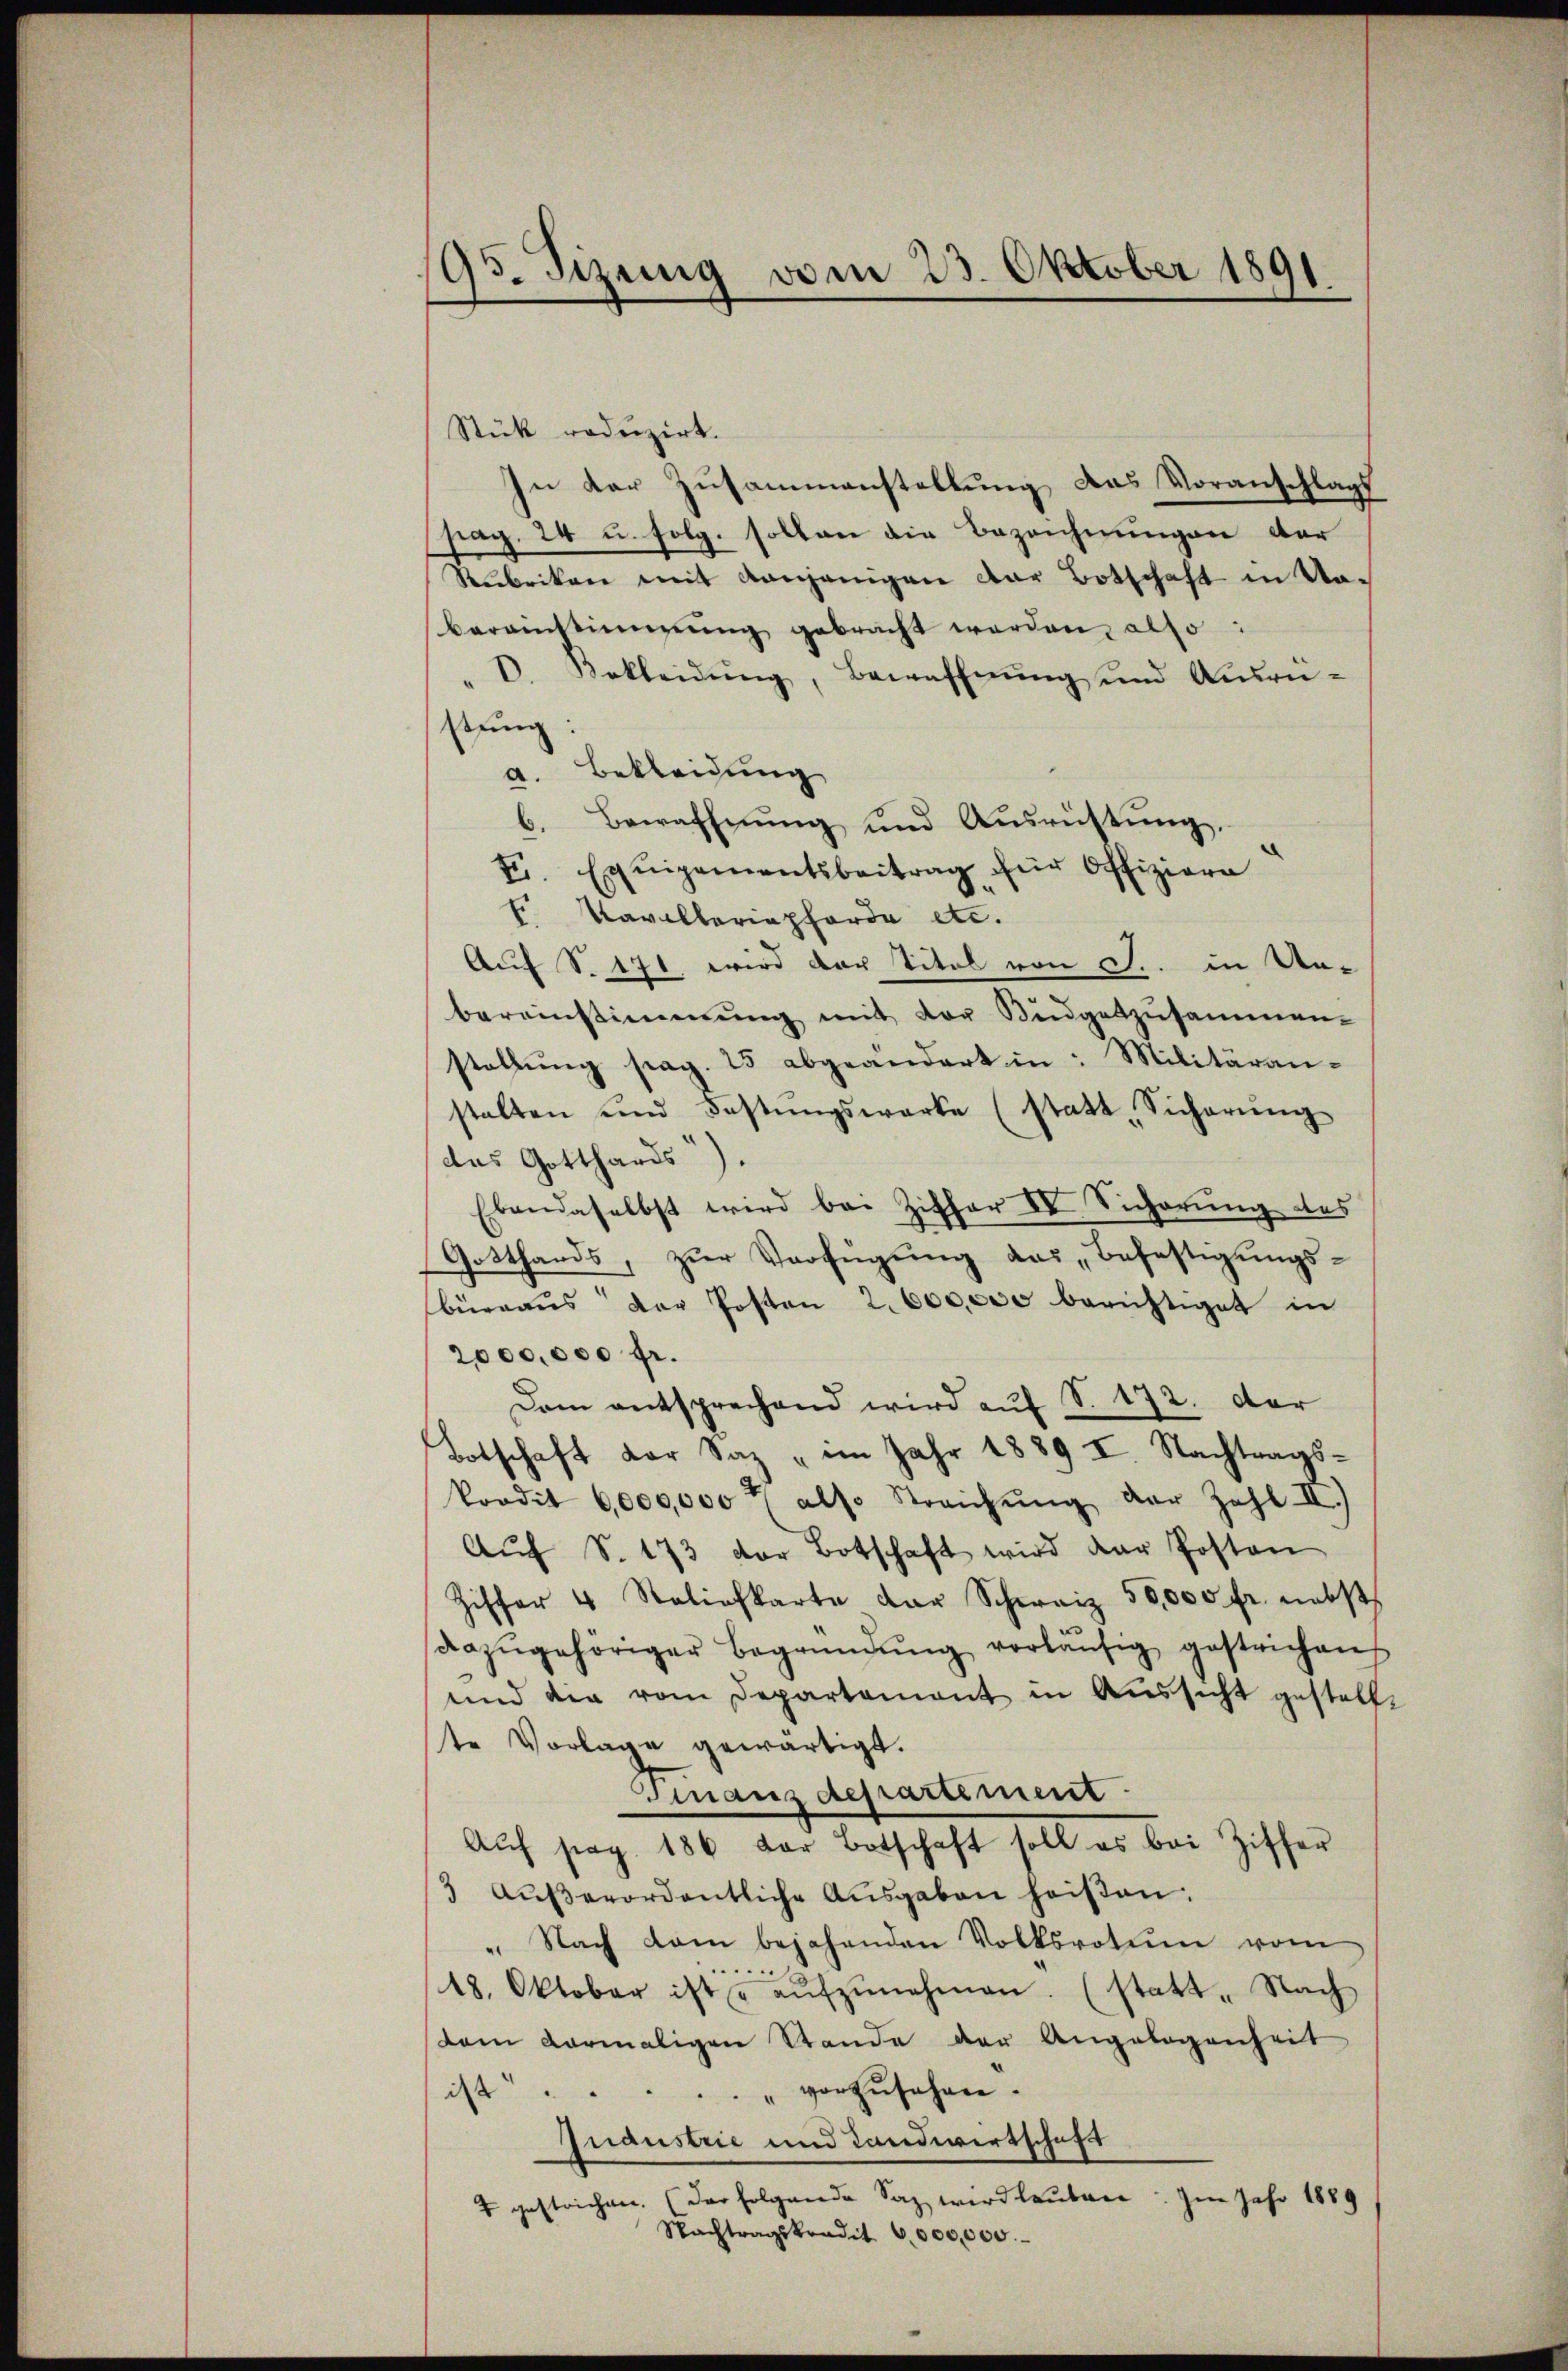
195. Sizung vom 23. Oktober 1891

Stück reduzirt.
In der Zusammenstellung das Voranschlags
srag. 24 u. folg. sollen die Bezeichnungen der
Rubriken mit denjenigen der Botschaft in No-
beranstimmung gebracht werden, also:
D. Bekleidŭng, Bewaffnŭng und Ausrü-
stung:
a. Bekleidung
b. Bewaffnung und Ausrüstung,
F. Equipementsbeitrag für Offiziere
E Pavillariaphorda etc.
Auf S. 171, wird der Titel von Fr. in Un-
bereinstimmung mit der Kingeszusammen-
stallŭng pag. 25 abgeändert in: Militäran-
stalten und Fastŭngswarte (statt Sicherŭng
das Gotthards).
Ebendaselbst wird bei Ziffer IV. Sicherung des
Gotthards, zur Verfügung das Befestigungsbüreaŭs der Posten 2600,000 berichtiget in
2000,000 fr.
Dem entsprechend wird auf S. 172. Der
Botschaft der Saz " im Jahr 1889 I. Nachtrags-
Pordit 6,000,000 f also Streichŭng der Zahl II.)
Aŭf S. 173 der Botschaft wird der Postan
Ziffer 4 Statiefkarte der Schweiz 50,000 fr. nebst
dazŭgehöriger Begründŭng vorläŭfig gestrichen
und die vom Departement in Aussicht gestellt
te Vorlage gewärtigt.
Finanzdepartement.
Auf pag. 186 der Botschaft soll es bei Ziffer
3 Aŭβerordentliche Aŭsgaben heißen:
" Nach dem bejahenden Volksrotum vom
.
18. Oktober ist u aŭfzŭnehmen. (statt - Nach
dam darmaligen Stande der Angelegenheit
ist . . . . . . . vorzŭsehen.
Juaustrie und Landwirtschaft
4 gestrichen. (der folgende Saz wird lauten: Im Jahr 1889
Nachtragskredit 6,000,000.